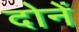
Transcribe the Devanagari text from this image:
दोनें